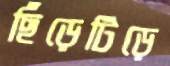
ছিঁড়েটিড়ে